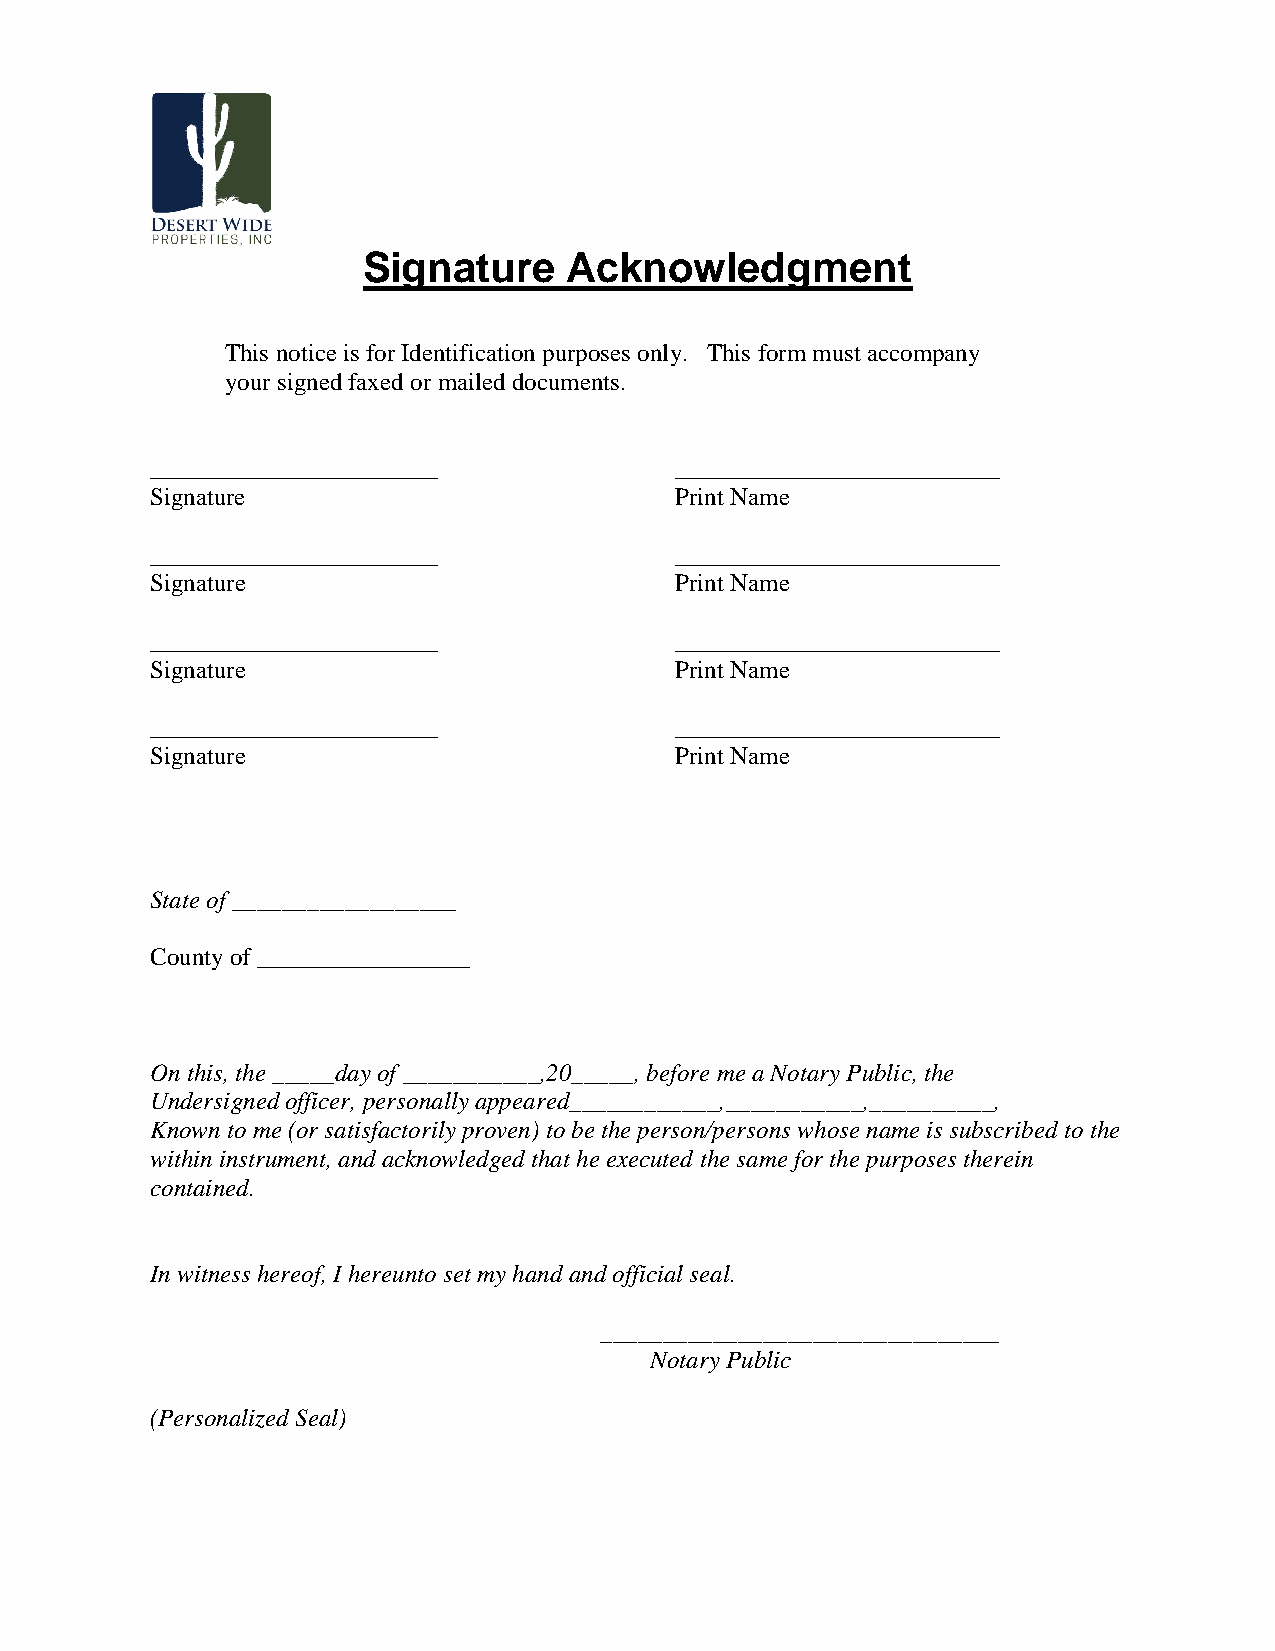
Signature     Acknowledgment
 This notice is for Identification purposes only. This form must accompany
 your signed faxed or mailed documents.
 _______________________            __________________________
 Signature                          Print Name
 _______________________            __________________________
 Signature                          Print Name
 _______________________            __________________________
 Signature                          Print Name
 _______________________            __________________________
 Signature                          Print Name
 State of __________________
 County of _________________
 On this, the _____day of ___________,20_____, before me a Notary Public, the
 Undersigned officer, personally appeared____________,___________,__________,
 Known to me (or satisfactorily proven) to be the person/persons whose name is subscribed to the
 within instrument, and acknowledged that he executed the same for the purposes therein
 contained.
 In witness hereof, I hereunto set my hand and official seal.
 ________________________________
 Notary Public
 (Personalized Seal)